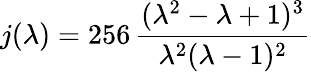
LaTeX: j(\lambda)=256\, \frac{(\lambda^{2}-\lambda+1)^{3}}{\lambda^{2}(\lambda-1)^{2}}